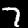
Label: 7